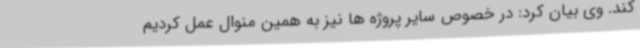
کند. وی بیان کرد: در خصوص سایر پروژه ها نیز به همین منوال عمل کردیم